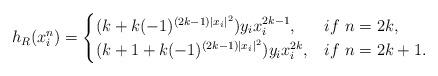
LaTeX: \begin{align*}h_R(x_i^{n})= \begin{cases} (k+k(-1)^{(2k-1)|x_i|^2})y_ix_i^{2k-1}, &if~n=2k,\\ (k+1+k(-1)^{(2k-1)|x_i|^2})y_ix_i^{2k}, &if~n=2k+1.\\ \end{cases}\end{align*}